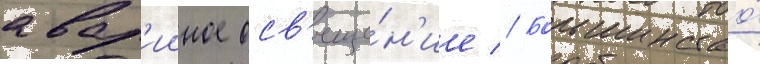
авар'ииное осв'еще́н'ие // Большинство́